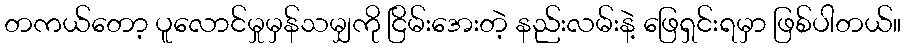
တကယ်တော့ ပူလောင်မှုမှန်သမျှကို ငြိမ်းအေးတဲ့ နည်းလမ်းနဲ့ ဖြေရှင်းရမှာ ဖြစ်ပါတယ်။